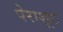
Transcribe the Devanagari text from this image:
पेराशूट